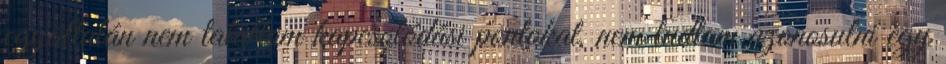
egyáltalán nem találtam kapcsolódási pontokat, nem tudtam azonosulni egy